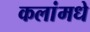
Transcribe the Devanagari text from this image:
कलांमधे